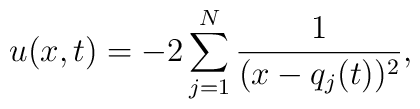
u (x,t) = - 2 \sum_{j=1}^N \frac{1}{ ( x- q_j(t) )^2 } ,